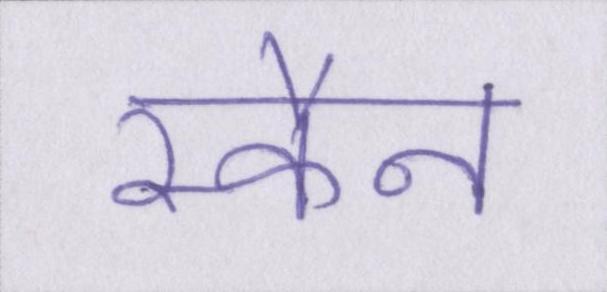
स्कैन